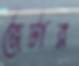
জেটার